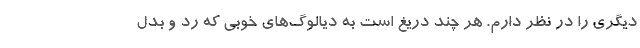
دیگری را در نظر دارم. هر چند دریغ است به دیالوگ‌های خوبی که رد و بدل